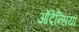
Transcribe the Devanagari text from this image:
ऑदेन्सिया